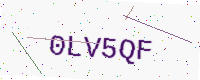
Text: 0LV5QF